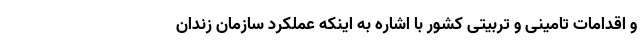
و اقدامات تامینی و تربیتی کشور با اشاره به اینکه عملکرد سازمان زندان